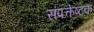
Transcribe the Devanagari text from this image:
संपत्केष्टक